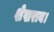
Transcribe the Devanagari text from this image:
शेखराय।